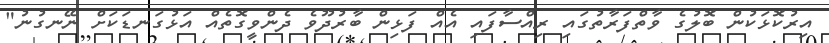
އިރުކޮޅަކުން ބޮލުގެ ވާތްފަރާތުގައި ރިއްސާފައި އެއް ފަޅިން ބާރުދޫވެ ދެންވީގޮތެއް އަޅުގަނޑަކަށް ނޭނގުނު"